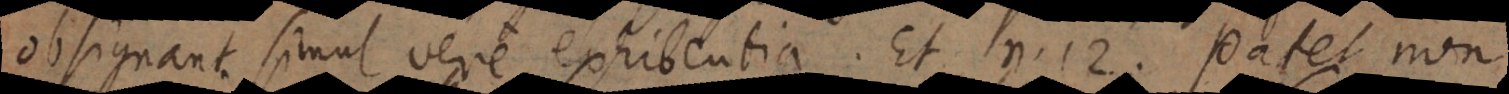
obsignant simul vere exhibentia. Et n. 12. patet non